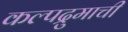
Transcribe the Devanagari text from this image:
कल्पद्रुमाची